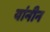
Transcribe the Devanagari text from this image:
यांनीन